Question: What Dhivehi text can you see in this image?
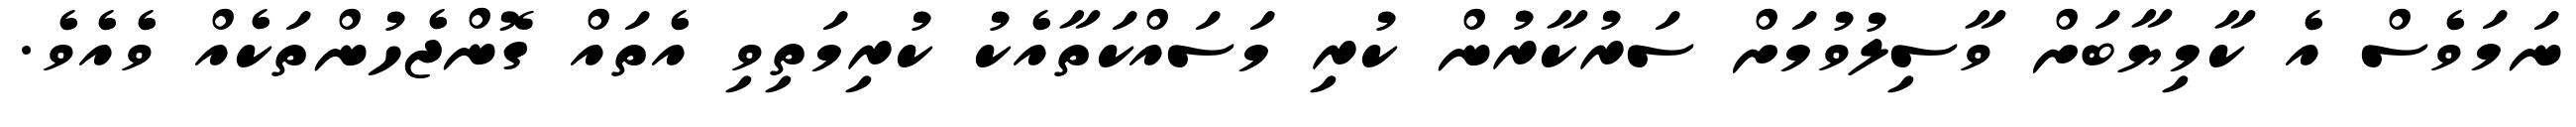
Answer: ނަމަވެސް އެ ކާމިޔާބަށް ވާސިލުވުމަށް ސަރުކާރުން ކުރި މަސައްކަތާއެކު ކުރިމަތިވި އެތައް ގޮންޖެހުންތަކެއް ވެއެވެ.